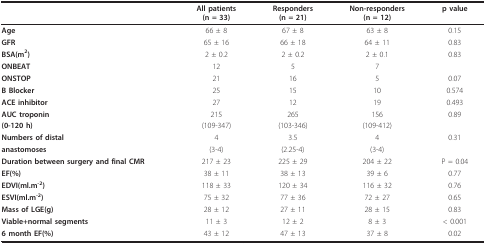
|  | All patients(n = 33) | Responders(n = 21) | Non-responders(n = 12) | p value |
 | --- | --- | --- | --- | --- |
 | Age | 66 ± 8 | 67 ± 8 | 63 ± 8 | 0.15 |
 | GFR | 65 ± 16 | 66 ± 18 | 64 ± 11 | 0.83 |
 | BSA(m2) | 2 ± 0.2 | 2 ± 0.2 | 2 ± 0.1 | 0.83 |
 | ONBEAT | 12 | 5 | 7 |  |
 | ONSTOP | 21 | 16 | 5 | 0.07 |
 | B Blocker | 25 | 15 | 10 | 0.574 |
 | ACE inhibitor | 27 | 12 | 19 | 0.493 |
 | AUC troponin | 215 | 265 | 156 | 0.89 |
 | (0-120 h) | (109-347) | (103-346) | (109-412) |  |
 | Numbers of distal | 4 | 3.5 | 4 | 0.31 |
 | anastomoses | (3-4) | (2.25-4) | (3-4) |  |
 | Duration between surgery and final CMR | 217 ± 23 | 225 ± 29 | 204 ± 22 | P = 0.04 |
 | EF(%) | 38 ± 11 | 38 ± 13 | 39 ± 6 | 0.77 |
 | EDVI(ml.m-2) | 118 ± 33 | 120 ± 34 | 116 ± 32 | 0.76 |
 | ESVI(ml.m-2) | 75 ± 32 | 77 ± 36 | 72 ± 27 | 0.65 |
 | Mass of LGE(g) | 28 ± 12 | 27 ± 11 | 28 ± 15 | 0.83 |
 | Viable+normal segments | 11 ± 3 | 12 ± 2 | 8 ± 3 | < 0.001 |
 | 6 month EF(%) | 43 ± 12 | 47 ± 13 | 37 ± 8 | 0.02 |